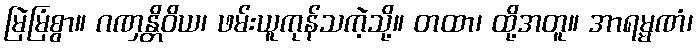
မြဲမြံစွာ။ ဂဏှန္တိဝိယ၊ ဖမ်းယူကုန်သကဲ့သို့။ တထာ၊ ထို့အတူ။ အာရမ္မဏံ၊